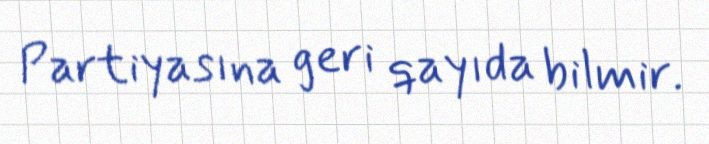
Partiyasına geri qayıda bilmir.